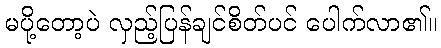
မပို့တော့ပဲ လှည့်ပြန်ချင်စိတ်ပင် ပေါက်လာ၏။